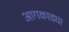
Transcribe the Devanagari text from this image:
आगकाड्या